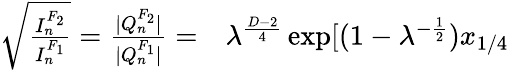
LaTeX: \begin{array}{rl}{\sqrt{\frac{I_{n}^{F_{2}}}{I_{n}^{F_{1}}}}=\frac{|Q_{n}^{F_{2}}|}{|Q_{n}^{F_{1}}|}=}&{{}\lambda^{\frac{D-2}{4}}\exp[(1-\lambda^{-\frac{1}{2}})x_{1/4}}\end{array}